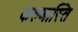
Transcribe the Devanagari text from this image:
करुणास्ति